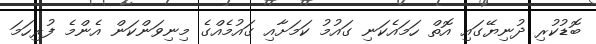
ބޮޑުކުރި ދުނިޔޭގައި އޮތް ހަމައެކަނި ގައުމު ކަމަށާއި ގައުމެއްގެ މިނިވަންކަން އެންމެ ފުރިހަމަ